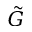
\tilde { G }